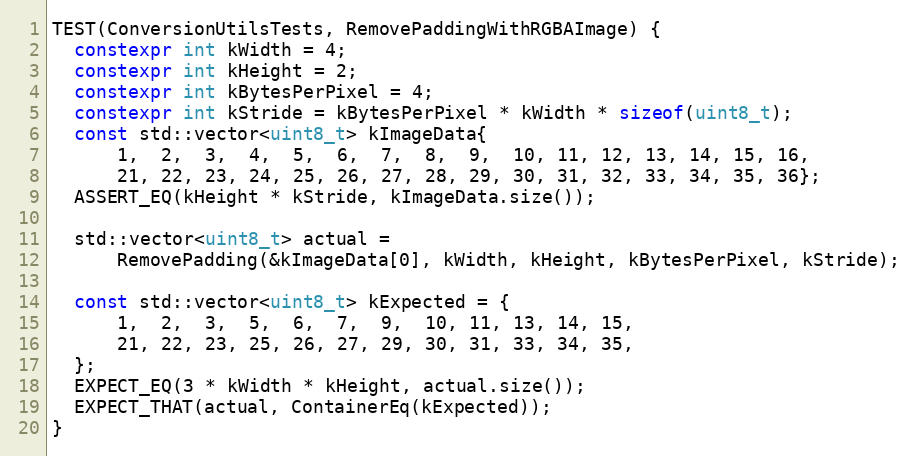
Language: C++
TEST(ConversionUtilsTests, RemovePaddingWithRGBAImage) {
  constexpr int kWidth = 4;
  constexpr int kHeight = 2;
  constexpr int kBytesPerPixel = 4;
  constexpr int kStride = kBytesPerPixel * kWidth * sizeof(uint8_t);
  const std::vector<uint8_t> kImageData{
      1,  2,  3,  4,  5,  6,  7,  8,  9,  10, 11, 12, 13, 14, 15, 16,
      21, 22, 23, 24, 25, 26, 27, 28, 29, 30, 31, 32, 33, 34, 35, 36};
  ASSERT_EQ(kHeight * kStride, kImageData.size());

  std::vector<uint8_t> actual =
      RemovePadding(&kImageData[0], kWidth, kHeight, kBytesPerPixel, kStride);

  const std::vector<uint8_t> kExpected = {
      1,  2,  3,  5,  6,  7,  9,  10, 11, 13, 14, 15,
      21, 22, 23, 25, 26, 27, 29, 30, 31, 33, 34, 35,
  };
  EXPECT_EQ(3 * kWidth * kHeight, actual.size());
  EXPECT_THAT(actual, ContainerEq(kExpected));
}